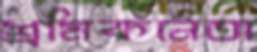
শ্রমিকনেতা